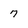
Character: 7